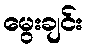
မွေးချင်း